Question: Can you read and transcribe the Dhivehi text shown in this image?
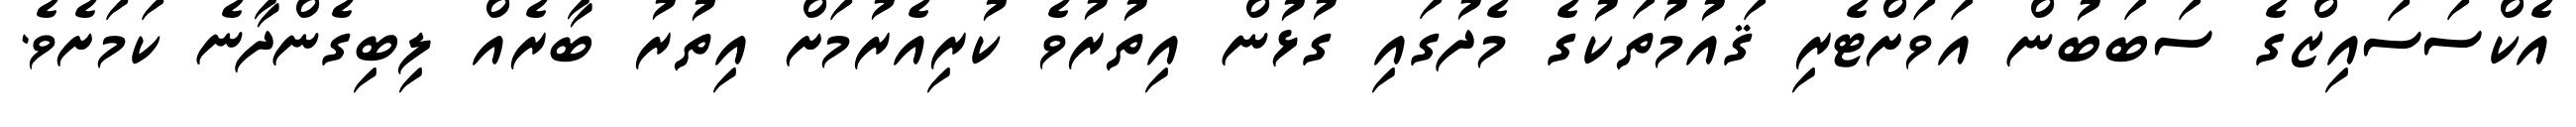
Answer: އެކްސަސައިޒްގެ ސަބަބުން އަވަށްޓެރި ޤައުމުތަކުގެ މެދުގައި ގުޅުން އިތުރުވެ ކުރިއެރުމަށް އިތުރު ބާރެއް ލިބިގެންދާނެ ކަމަށެވެ.